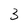
Character: 3